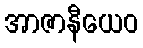
အာဇာနီယေဝ